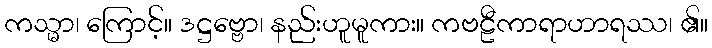
ကသ္မာ၊ ကြောင့်။ ဒဋ္ဌဗ္ဗော၊ နည်းဟူမူကား။ ကဗဠီကာရာဟာရဿ၊ ၏။